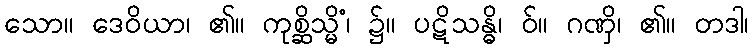
သော။ ဒေဝိယာ၊ ၏။ ကုစ္ဆိသ္မိံ၊ ၌။ ပဋိသန္ဓိ၊ ဝ်။ ဂဏှိ၊ ၏။ တဒါ၊